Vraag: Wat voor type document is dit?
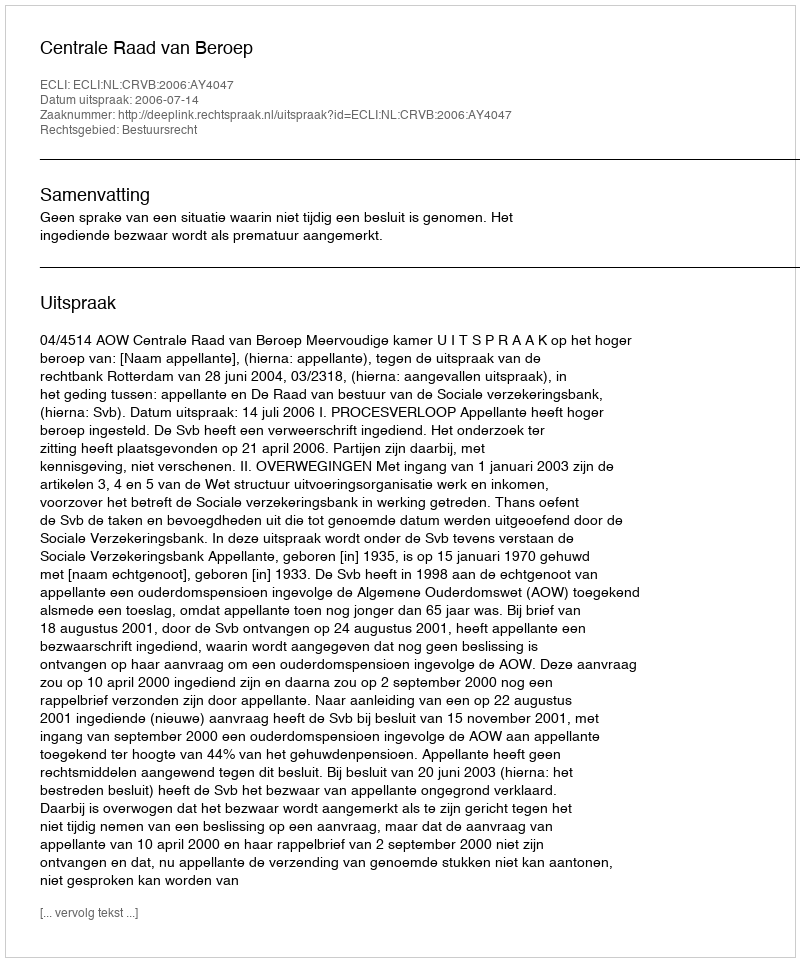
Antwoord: Uitspraak